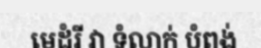
មេដំរី វា ទំលាក់ បំពង់